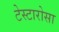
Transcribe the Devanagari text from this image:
टेस्टारोसा